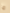
ما